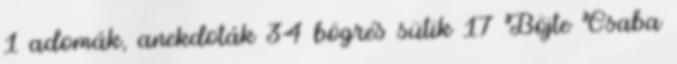
1 adomák, anekdoták 34 bögrés sütik 17 Böjte Csaba